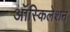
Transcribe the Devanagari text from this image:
ऑस्किलेशन